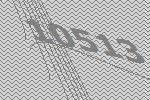
10513